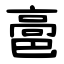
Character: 䯩